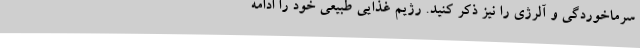
سرماخوردگی و آلرژی را نیز ذکر کنید. رژیم غذایی طبیعی خود را ادامه